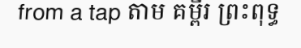
from a tap តាម គម្ពីរ ព្រះពុទ្ធ